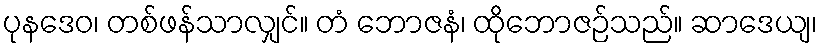
ပုနဒေဝ၊ တစ်ဖန်သာလျှင်။ တံ ဘောဇနံ၊ ထိုဘောဇဉ်သည်။ ဆာဒေယျ၊